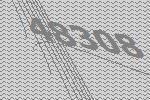
48308